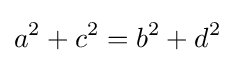
a^{2}+c^{2}=b^{2}+d^{2}